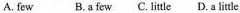
A. few B. a few C. little D. a little